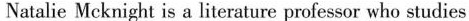
Natalie Mcknight is a literature professor who studies